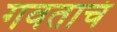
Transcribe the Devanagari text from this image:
गवताचं